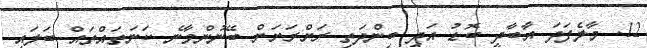
12. މާލެފަދަ އާބާދީ ބޮޑު އަދި ބިންދަތި ރަށްރަށަށް ބޭނުންވާނެ ކަނަތައްތައް ބަލައި